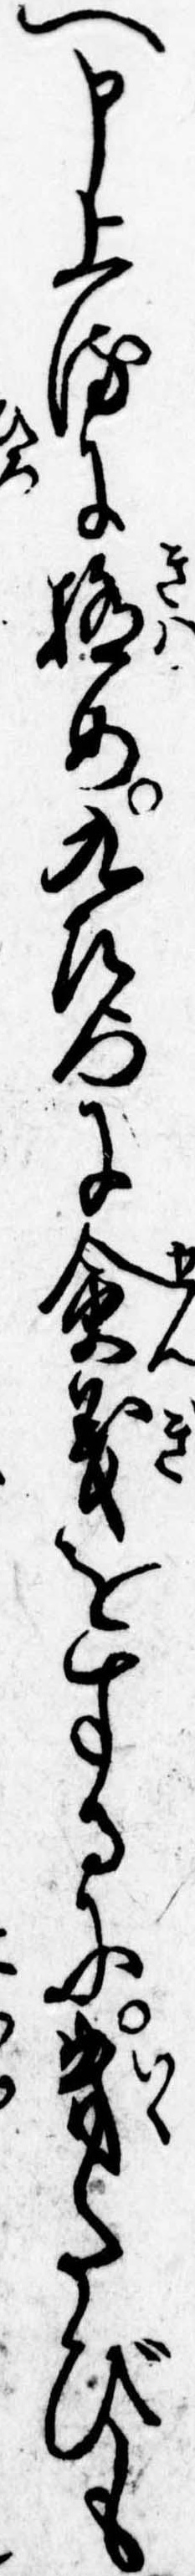
へ申上るに極め九左門に僉義をするに幾たびも